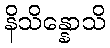
နိသိန္နောသိ